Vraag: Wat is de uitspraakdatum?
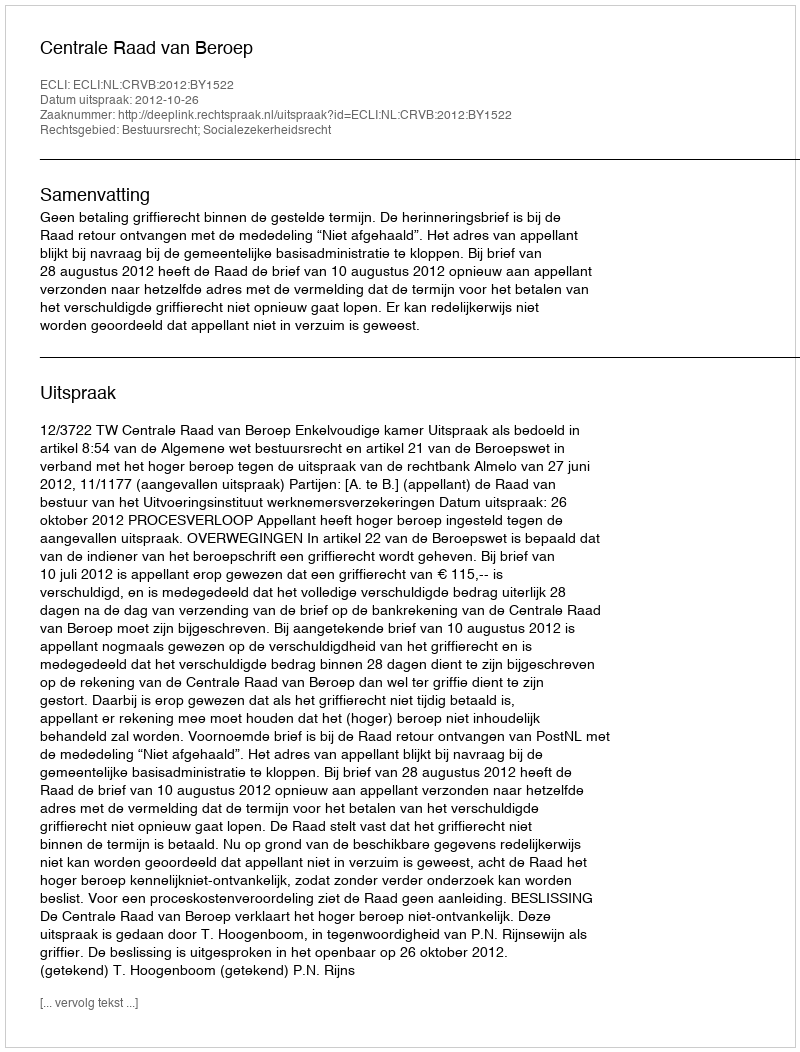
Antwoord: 2012-10-26